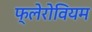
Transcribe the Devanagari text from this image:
फ्लेरोवियम